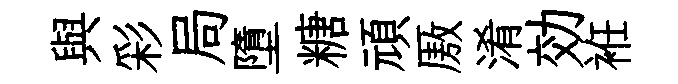
與彩局墮糖頑厫淆効袵